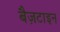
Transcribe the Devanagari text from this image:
बैज़टाइन